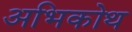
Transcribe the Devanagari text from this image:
अभिकोथ